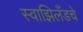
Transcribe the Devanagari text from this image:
स्वाझिलँडचे